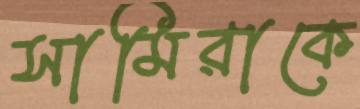
সামিরাকে